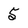
Character: 5